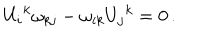
LaTeX: U _ { i } { } ^ { k } \omega _ { k j } - \omega _ { i k } U _ { j } { } ^ { k } = 0 \, .